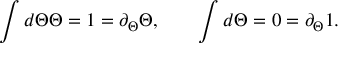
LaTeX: \int d \Theta \Theta = 1 = \partial _ { \Theta } \Theta , \qquad \int d \Theta = 0 = \partial _ { \Theta } 1 .